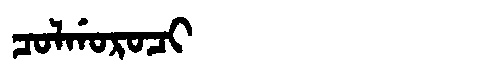
Manchu: ᠴᠣᠯᡤᠣᡵᠣᠴᡳ
Romanization: COLGOROCI